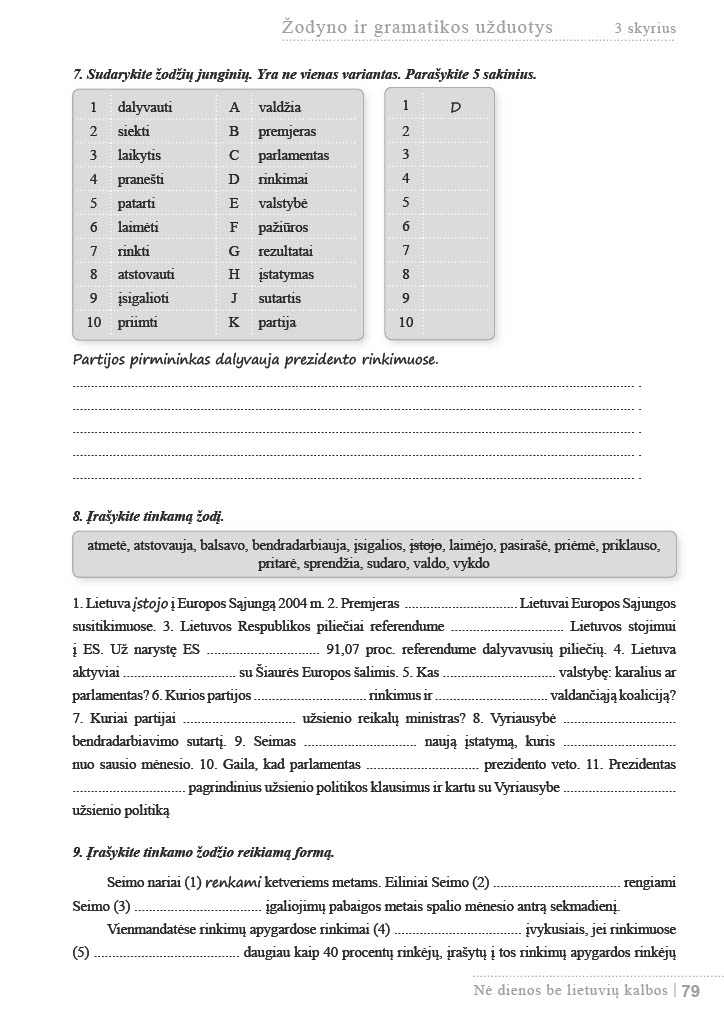
Language: lt